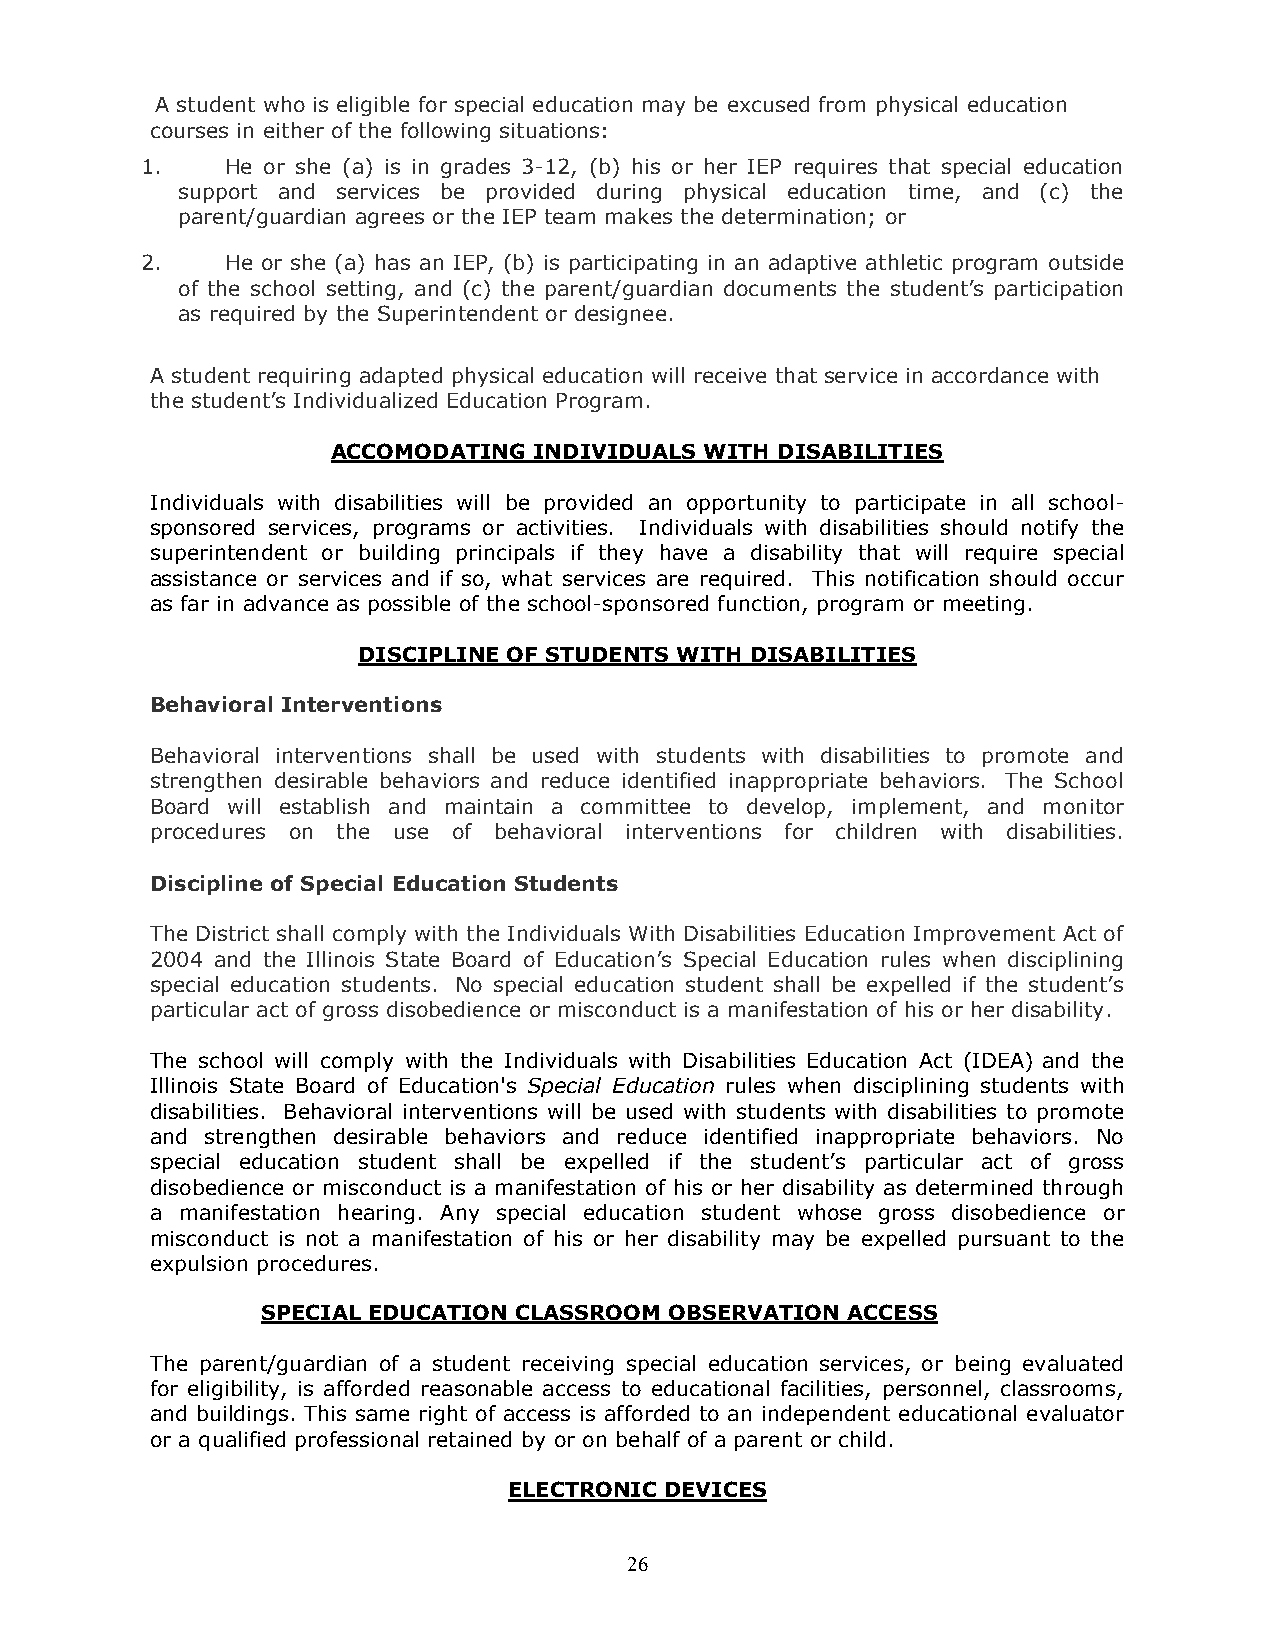
A student who is eligible for special education may be excused from physical education
 courses in either of the following situations:
 1.    He or she (a) is in grades 3-12, (b) his or her IEP requires that special education
 support and services be provided during physical education time, and (c) the
 parent/guardian agrees or the IEP team makes the determination; or
 2.    He or she (a) has an IEP, (b) is participating in an adaptive athletic program outside
 of the school setting, and (c) the parent/guardian documents the student’s participation
 as required by the Superintendent or designee.
 A student requiring adapted physical education will receive that service in accordance with
 the student’s Individualized Education Program.
 ACCOMODATING INDIVIDUALS WITH DISABILITIES
 Individuals with disabilities will be provided an opportunity to participate in all school-
 sponsored services, programs or activities. Individuals with disabilities should notify the
 superintendent or building principals if they have a disability that will require special
 assistance or services and if so, what services are required. This notification should occur
 as far in advance as possible of the school-sponsored function, program or meeting.
 DISCIPLINE OF STUDENTS WITH DISABILITIES
 Behavioral Interventions
 Behavioral interventions shall be used with students with disabilities to promote and
 strengthen desirable behaviors and reduce identified inappropriate behaviors. The School
 Board will establish and maintain a committee to develop, implement, and monitor
 procedures on the use of behavioral interventions for children with disabilities.
 Discipline of Special Education Students
 The District shall comply with the Individuals With Disabilities Education Improvement Act of
 2004 and the Illinois State Board of Education’s Special Education rules when disciplining
 special education students. No special education student shall be expelled if the student’s
 particular act of gross disobedience or misconduct is a manifestation of his or her disability.
 The school will comply with the Individuals with Disabilities Education Act (IDEA) and the
 Illinois State Board of Education's Special Education rules when disciplining students with
 disabilities. Behavioral interventions will be used with students with disabilities to promote
 and strengthen desirable behaviors and reduce identified inappropriate behaviors. No
 special education student shall be expelled if the student’s particular act of gross
 disobedience or misconduct is a manifestation of his or her disability as determined through
 a manifestation hearing. Any special education student whose gross disobedience or
 misconduct is not a manifestation of his or her disability may be expelled pursuant to the
 expulsion procedures.
 SPECIAL EDUCATION CLASSROOM OBSERVATION ACCESS
 The parent/guardian of a student receiving special education services, or being evaluated
 for eligibility, is afforded reasonable access to educational facilities, personnel, classrooms,
 and buildings. This same right of access is afforded to an independent educational evaluator
 or a qualified professional retained by or on behalf of a parent or child.
 ELECTRONIC DEVICES
 26